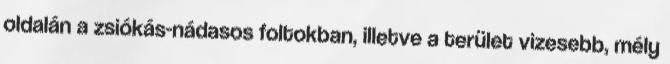
oldalán a zsiókás-nádasos foltokban, illetve a terület vizesebb, mély